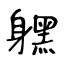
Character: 𨊂